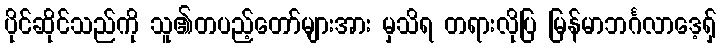
ပိုင်ဆိုင်သည်ကို သူ၏တပည့်တော်များအား မှသိရ တရားလိုပြ မြန်မာဘင်္ဂလာဒေ့ရှ်